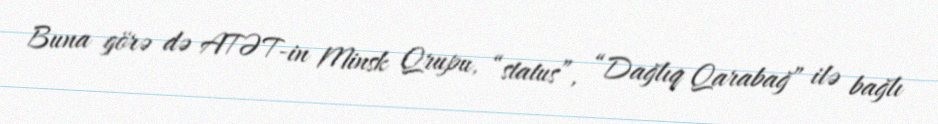
Buna görə də ATƏT-in Minsk Qrupu, “status”, “Dağlıq Qarabağ” ilə bağlı